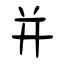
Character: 并